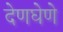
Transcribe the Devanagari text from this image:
देणघेणे